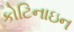
કોટિનાઇન